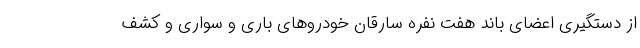
از دستگیری اعضای باند هفت نفره سارقان خودروهای باری و سواری و کشف